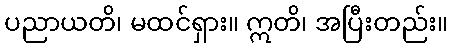
ပညာယတိ၊ မထင်ရှား။ ဣတိ၊ အပြီးတည်း။